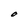
Character: O